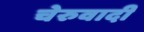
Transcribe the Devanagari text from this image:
चेरुवादी